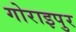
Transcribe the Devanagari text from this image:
गोराइपुर